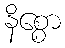
နိစ္စော